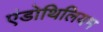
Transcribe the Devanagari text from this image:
एंडोथिलियम